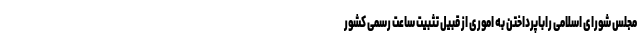
مجلس شورای اسلامی راباپرداختن به اموری از قبیل تثبیت ساعت رسمی کشور